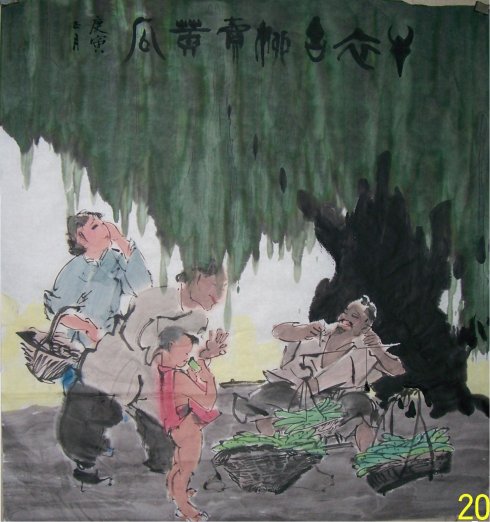
酒困路长惟欲睡，日高人渴漫思茶。